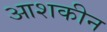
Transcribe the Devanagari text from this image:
आशकीन